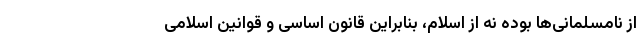
از نامسلمانی‌ها بوده نه از اسلام، بنابراین قانون اساسی و قوانین اسلامی